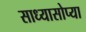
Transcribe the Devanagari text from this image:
साध्यासोप्या